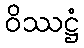
ဝိဿဋ္ဌံ